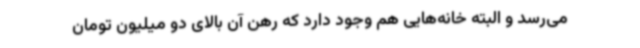
می‌رسد و البته خانه‌هایی هم وجود دارد که رهن آن بالای دو میلیون تومان